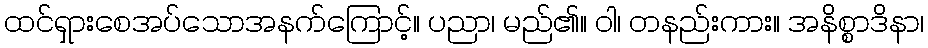
ထင်ရှားစေအပ်သောအနက်ကြောင့်။ ပညာ၊ မည်၏။ ဝါ၊ တနည်းကား။ အနိစ္စာဒိနာ၊